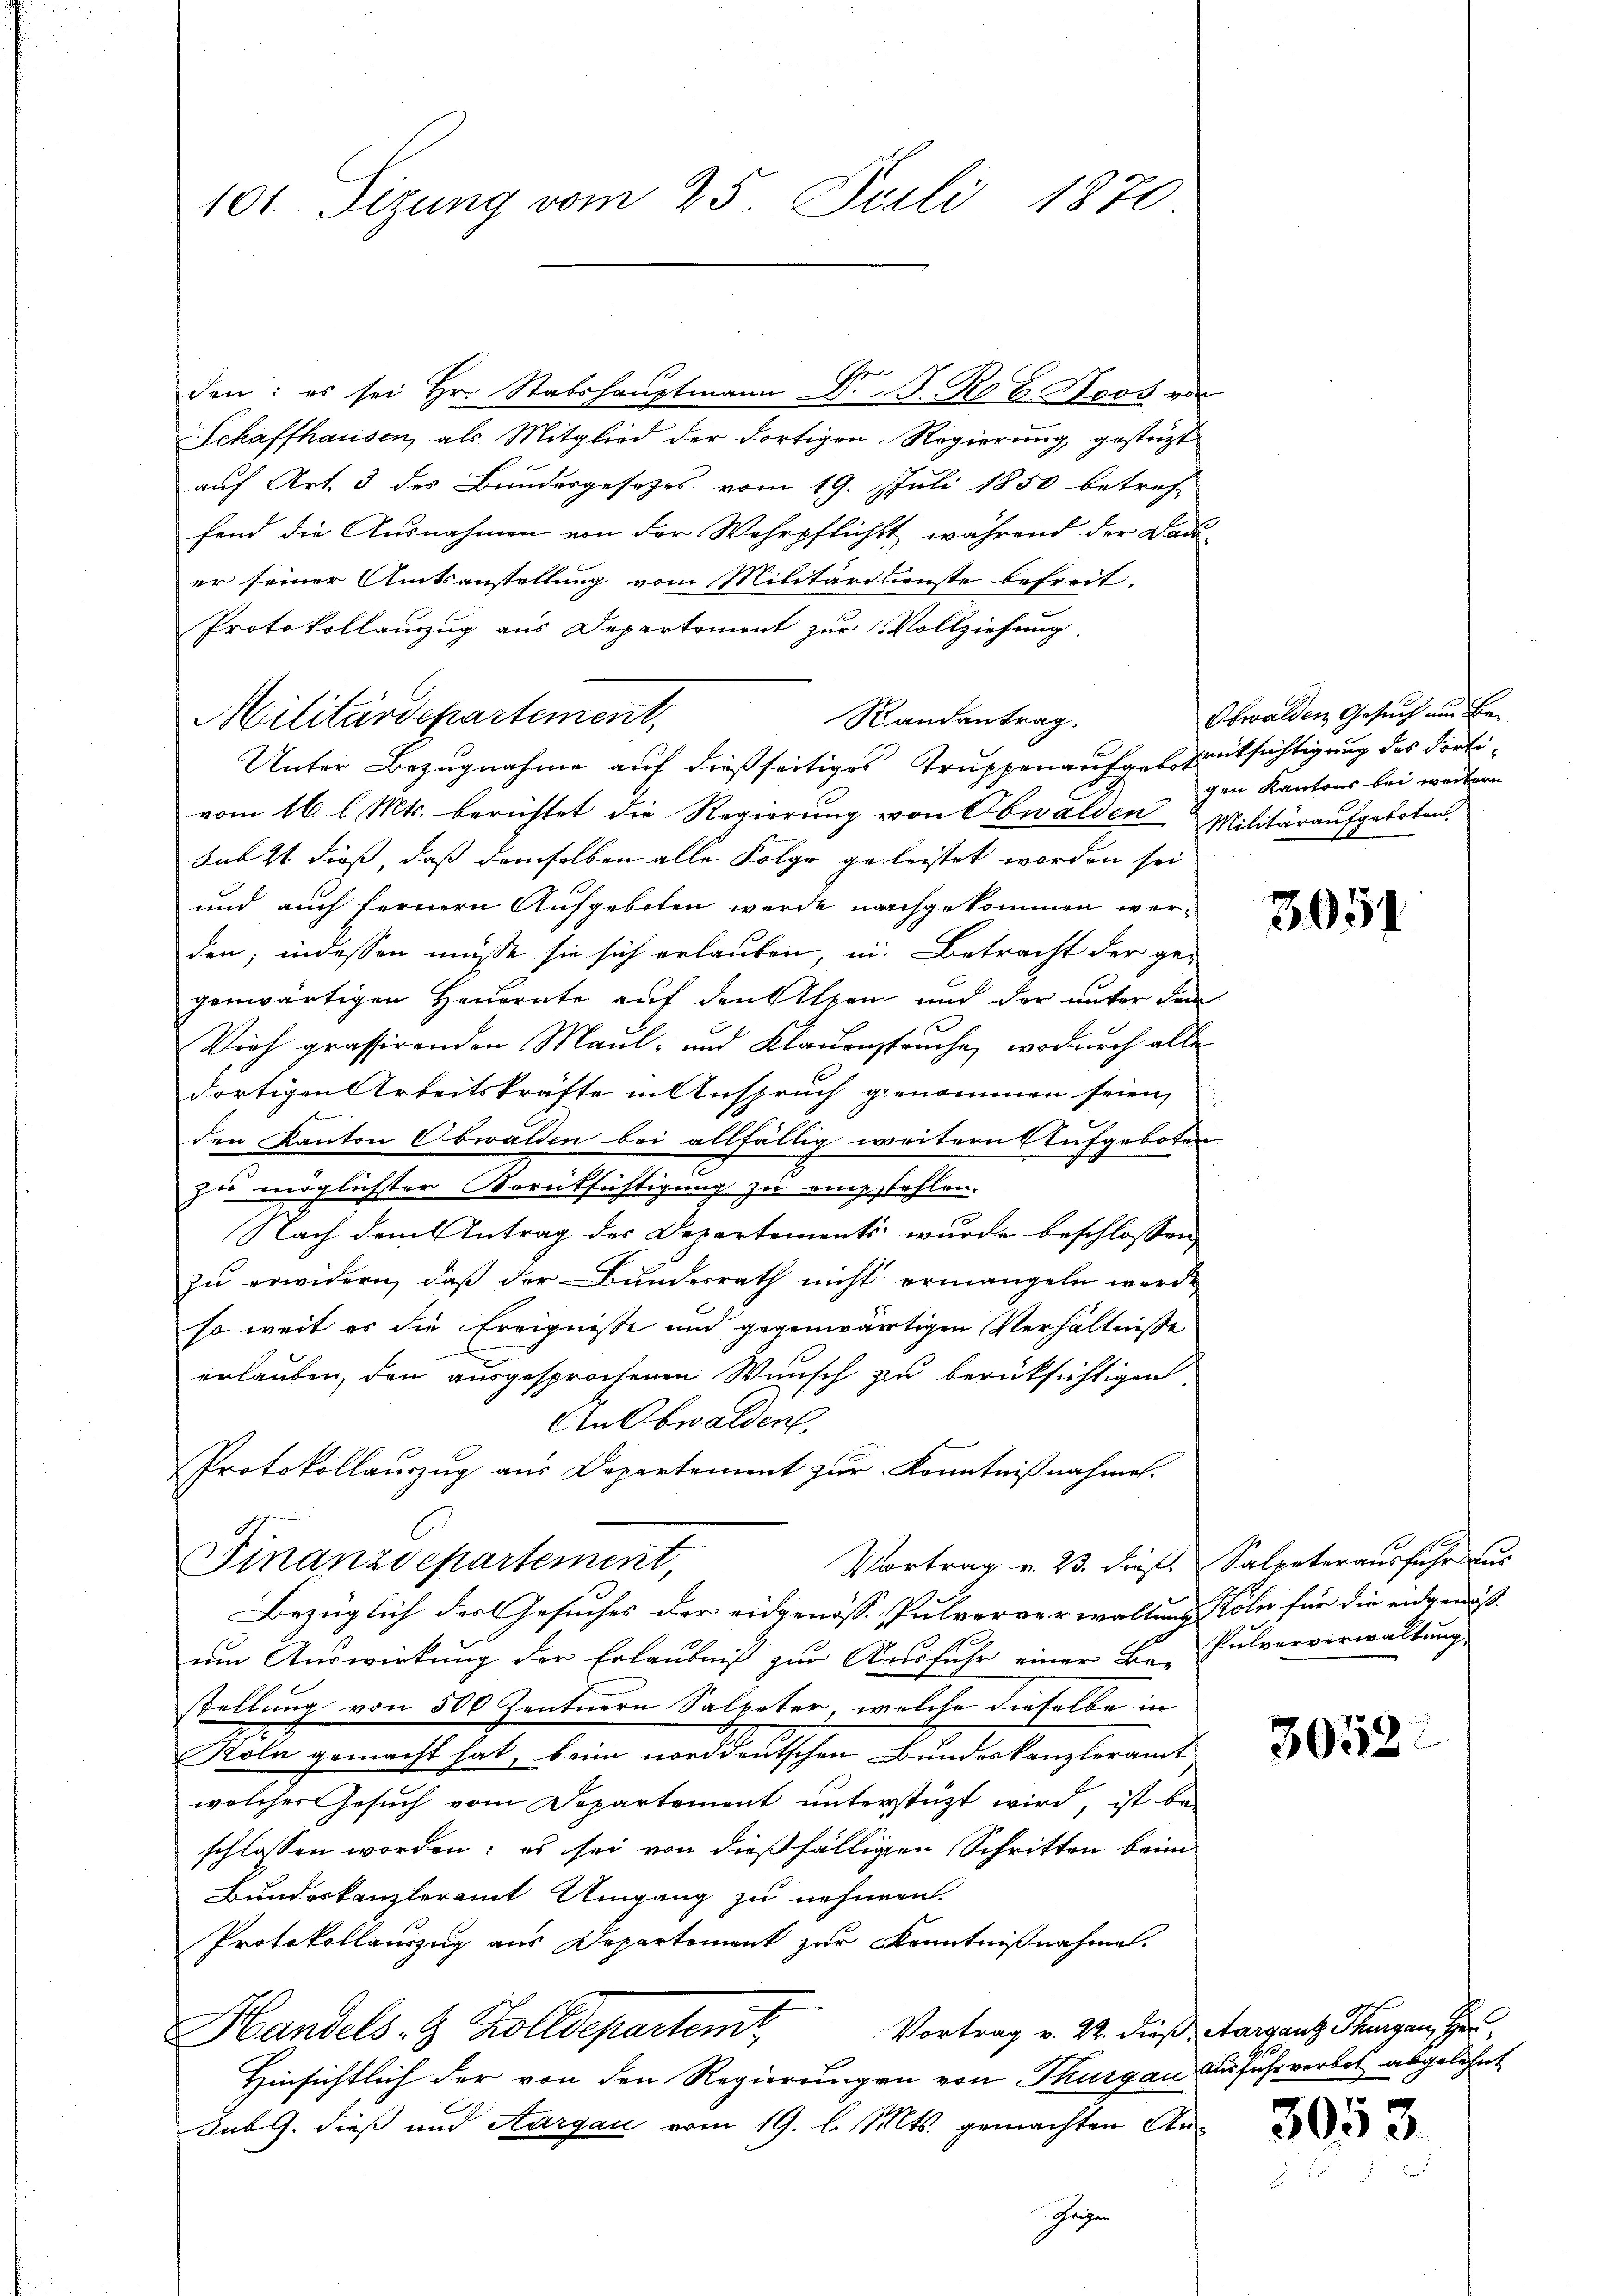
101. Sizung vom 25. Juli 1870.

Schaffhausen, als Mitglied der dortigen Regierung, gesteht
auf Art. 3 des Bundesgesezes vom 19. Juli 1850 betref-
fend die Ausnahmen von der Wehrpflichst, während der Dau
er seiner Amtsanstellung vom Militärdienste befreit.
Protokollauszug aus Departement zur Vollziehung.
Randantrag.
Unter Bezugnahme auf dießseitiges Truppenaufgestrüksichtigung des dortivom 16. l. Mts. berichtet die Regierung von Obwalden Militäraufgeboten.
sub 21 dieß, daß demselben alle Folge geleistet worden sei
und auch fernern Aufgeboten werde nachgekommen werden; indessen müsse sie sich erlauben, in Betracht der ge-
genwärtigen Heuernte auf den Alpen und der unter dem
Vich prassirenden Maul- und Klauenspruche, wodurch alle
dortigen Arbeitskräfte in Anspruch genommen seien,
den Kanton Obwalden bei allfällig weitern Aufgeboten
zu möglichter Berüksichtigung zu empfehlen.
Nach dem Antrag des Departements wurde beschlossen,
zu erwidern, daß der Bundesrath nicht ermangeln werde
so weit es die Ereignisse und gegenwärtigen Verhältnisse
erlauben, den ausgesprochenen Wunsch zu berüksichtigen,
AnObwalden
Protokollauszug aus Departement zur Kenntnißnahmen.
Vortrag v. 23. dieß. Salpeterausfuhr aus
Finanzdepartement,
Bezüglich der Gesuches der eidgenösse Pulververwaltung Köln für die eidgenößum Auswirkung der Erlaubniß zur Ausfuhr einer Be- Pulververwaltung
stellung von 500 Zentnern Salpeter, welche dieselbe in
Koln gemacht hat, beim norddeutschen Bundeskanzleramt
welcher Gesuch vom Departement unterstüzt wird, ist beschlossen worden; es sei von dießfälligen Schritten beim
Bundeskanzleramt Umgang zu nehmen.
Protokollauszug aus Departement zur Kenntnißnahme.
Vortrag v. 22. dieß, Aarganz Thurgau, Her
Handels- & Zolldepartenir,
Hinsichtlich der von den Regierungen von Thurgau Ausführ verbot abgelehnt
Subl. dieß und Aargau vom 19. l. Mts. gemachten An¬
Gegen

Militärdepartement,

den: es sei Hr. Stabshauptmann Dr. J. Rob. Roos von

Obwalden Gesuch um Begen Kantons bei weitern

3051

3052:

3053